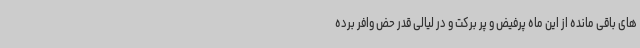
های باقی مانده از این ماه پرفیض و پر برکت و در لیالی قدر حض وافر برده